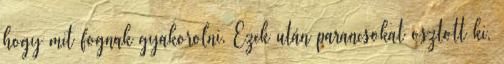
hogy mit fognak gyakorolni. Ezek után parancsokat osztott ki,